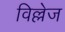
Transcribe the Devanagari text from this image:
विल्लेज